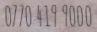
0770 419 9000